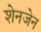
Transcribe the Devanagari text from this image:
शेनजेन